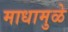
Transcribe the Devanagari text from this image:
माधामुळे